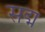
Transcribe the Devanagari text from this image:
सद्म